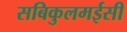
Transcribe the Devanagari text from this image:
सबिकुलमईसी